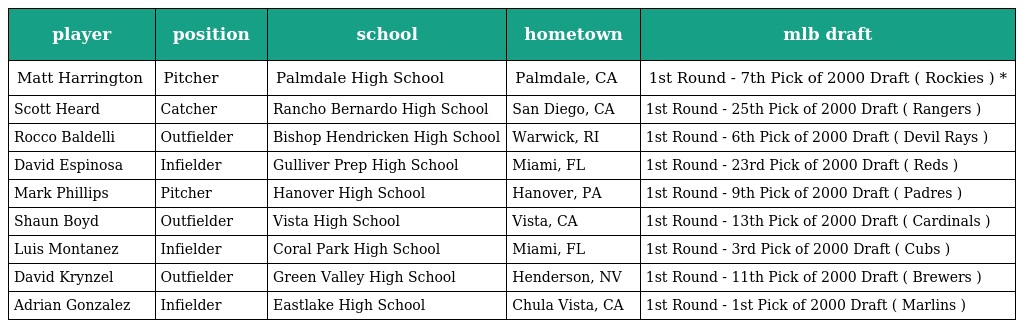
| player | position | school | hometown | mlb draft |
 | --- | --- | --- | --- | --- |
 | Matt Harrington | Pitcher | Palmdale High School | Palmdale, CA | 1st Round - 7th Pick of 2000 Draft ( Rockies ) * |
 | Scott Heard | Catcher | Rancho Bernardo High School | San Diego, CA | 1st Round - 25th Pick of 2000 Draft ( Rangers ) |
 | Rocco Baldelli | Outfielder | Bishop Hendricken High School | Warwick, RI | 1st Round - 6th Pick of 2000 Draft ( Devil Rays ) |
 | David Espinosa | Infielder | Gulliver Prep High School | Miami, FL | 1st Round - 23rd Pick of 2000 Draft ( Reds ) |
 | Mark Phillips | Pitcher | Hanover High School | Hanover, PA | 1st Round - 9th Pick of 2000 Draft ( Padres ) |
 | Shaun Boyd | Outfielder | Vista High School | Vista, CA | 1st Round - 13th Pick of 2000 Draft ( Cardinals ) |
 | Luis Montanez | Infielder | Coral Park High School | Miami, FL | 1st Round - 3rd Pick of 2000 Draft ( Cubs ) |
 | David Krynzel | Outfielder | Green Valley High School | Henderson, NV | 1st Round - 11th Pick of 2000 Draft ( Brewers ) |
 | Adrian Gonzalez | Infielder | Eastlake High School | Chula Vista, CA | 1st Round - 1st Pick of 2000 Draft ( Marlins ) |